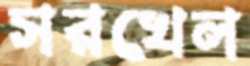
সরখেল